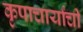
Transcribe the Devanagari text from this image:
कृपाचार्यांची